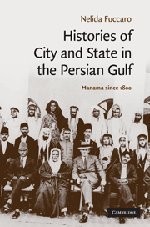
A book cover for Histories of City and State in the Persian Gulf: Manama since 1800 (Cambridge Middle East Studies); Nelida Fuccaro; History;